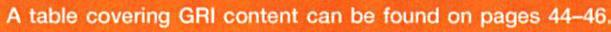
A table covering GRI content can be found on pages 44-46.